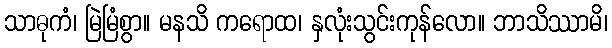
သာဓုကံ၊ မြဲမြံစွာ။ မနသိ ကရောထ၊ နှလုံးသွင်းကုန်လော။ ဘာသိဿာမိ၊